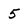
Character: 5